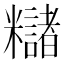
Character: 䊰